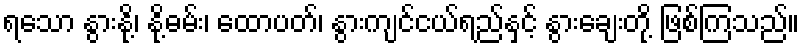
ရသော နွားနို့၊ နို့ဓမ်း၊ ထောပတ်၊ နွားကျင်ငယ်ရည်နှင့် နွားချေးတို့ ဖြစ်ကြသည်။